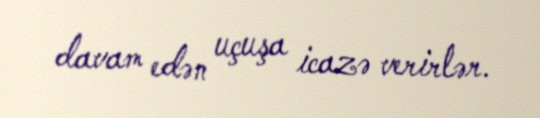
davam edən uçuşa icazə verirlər.